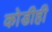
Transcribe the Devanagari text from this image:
कोडीही